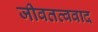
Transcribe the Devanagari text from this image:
जीवतत्ववाद